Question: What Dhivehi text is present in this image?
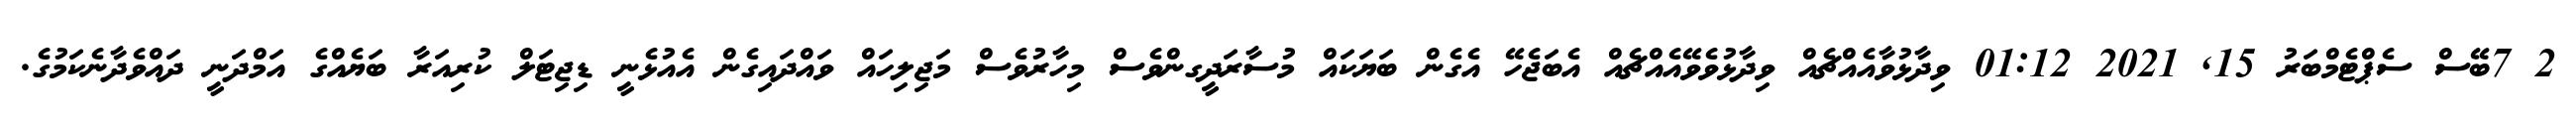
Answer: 2 7ބޭސް ސެޕްޓެމްބަރު 15, 2021 01:12 ވިދާޅުވާއެއްޗެއް ވިދާޅުވެވޭއެއްޗެއް އެބަޖެހޭ އެގެން ބަޔަކައް މުސާރަދީގންވެސް މިހާރުވެސް މަޖިލިހައް ވައްދައިގެން އެއުޅެނީ ޑިޖިޓަލް ކުރިއަރާ ބަޔެއްގެ އަމްދަނީ ދައްވެދާނެކަމުގެ.